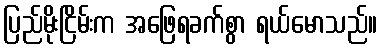
ပြည်မိုးငြိမ်းက အဖြေရခက်စွာ ရယ်မောသည်။